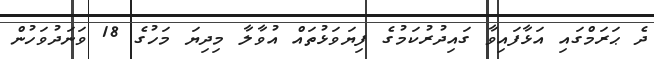
ދެ ޙަރަމްގައި އަޅާފައިވާ ގައިދުރުކަމުގެ ފިޔަވަޅުތައް އުވާލާ މިދިޔަ މަހުގެ 18 ވަނަދުވަހުން